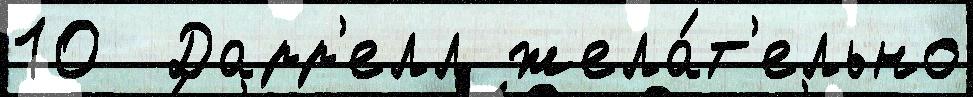
10  Дарр'елл жела́т'ельно